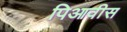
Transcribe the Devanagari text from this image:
पिआवीस